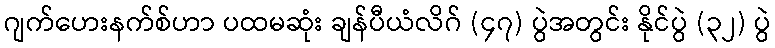
ဂျက်ဟေးနက်စ်ဟာ ပထမဆုံး ချန်ပီယံလိဂ် (၄၇) ပွဲအတွင်း နိုင်ပွဲ (၃၂) ပွဲ